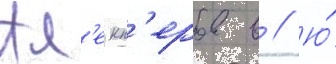
Ал'екп'еров в // Ю́